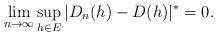
LaTeX: \begin{align*} \lim_{n \rightarrow \infty} \sup_{h \in E}|D_n(h)-D(h)|^{*}=0. \end{align*}